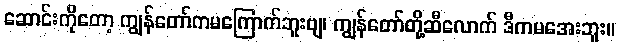
ဆောင်းကိုတော့ ကျွန်တော်ကမကြောက်ဘူးဗျ၊ ကျွန်တော်တို့ဆီလောက် ဒီကမအေးဘူး။